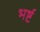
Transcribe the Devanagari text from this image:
भर्ष्ट